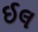
ઈલ